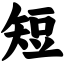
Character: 短